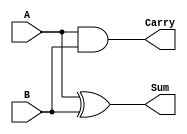
`timescale 1ns / 1ps
//////////////////////////////////////////////////////////////////////////////////
// Company: 
// Engineer: 
// 
// Design Name: 
// Module Name: adder_subtractor_unit
// Project Name: 
// Target Devices: 
// Tool Versions: 
// Description: 
// 
// Dependencies: 
// 
// Revision:
// Revision 0.01 - File Created
// Additional Comments:
// 
//////////////////////////////////////////////////////////////////////////////////

module half_adder(A,B,Sum,Carry);
    input A, B;
    output Sum, Carry;
    assign Sum = A ^ B;
    assign Carry = A & B;
endmodule

module full_adder(A,B,C,Sum,Carry);
    input A,B,C;
    output Sum, Carry;
    wire Sum1, Carry1, Carry2;
    half_adder H1(A,B,Sum1,Carry1);
    half_adder H2(Sum1,C,Sum,Carry2);
    assign Carry = Carry1|Carry2;
endmodule

module adder_subtractor_unit(A,b,S,C0,Carry,V);
    input [3:0]A,b;
    input C0;
    output [3:0]S;
    output Carry,V;
    wire C1,C2,C3;
    wire [3:0]B;
    assign B[0]=b[0]^C0;
    assign B[1]=b[1]^C0;
    assign B[2]=b[2]^C0;
    assign B[3]=b[3]^C0;
    
    full_adder FA1(A[0],B[0],C0,S[0],C1);
    full_adder FA2(A[1],B[1],C1,S[1],C2);
    full_adder FA3(A[2],B[2],C2,S[2],C3);
    full_adder FA4(A[3],B[3],C3,S[3],Carry);
    assign V = Carry^C3;
endmodule